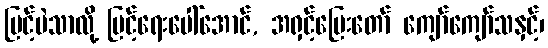
မြင့်ပဲသာလို့ မြင့်ရေးပေါ်အောင်, အရှင့်မြေးတော် ကျော်ကျော်သနှင့်၊